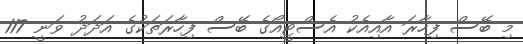
މި ބޭސް ފިހާރަ އާއިއެކު އެސްޓީއޯގެ ބޭސް ފިހާރަތަކުގެ އަދަދު ވަނީ 117